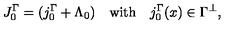
J _ { 0 } ^ { \Gamma } = ( j _ { 0 } ^ { \Gamma } + \Lambda _ { 0 } ) \quad \mathrm { w i t h } \quad j _ { 0 } ^ { \Gamma } ( x ) \in \Gamma ^ { \perp } ,